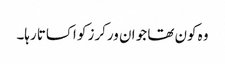
وہ کون تھا جو ان ورکرز کو اکساتا رہا۔